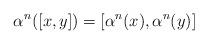
LaTeX: \begin{align*}\alpha^n([x,y])=[\alpha^n(x),\alpha^n(y)]\end{align*}